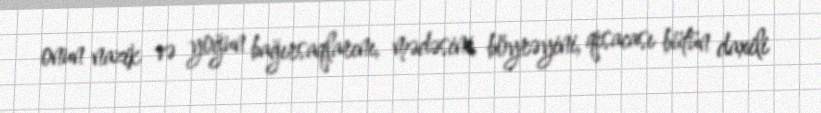
onun nazik və yoğun bağırsaqlarını, mədəsini, böyrəyini, qısacası bütün daxili